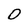
Character: 0